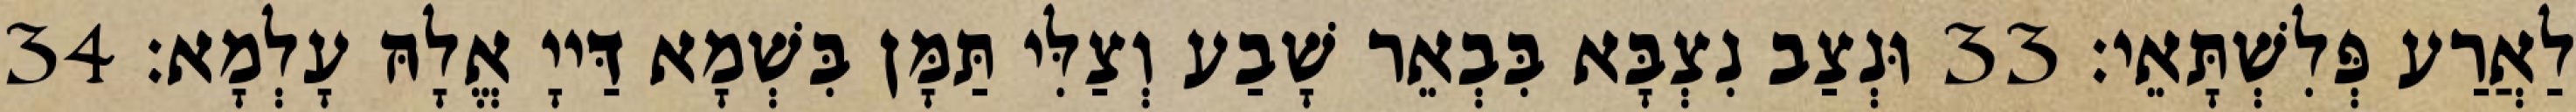
לַאֲרַע פְּלִשְׁתָּאֵי׃ 33 וּנְצַב נִצְבָּא בִּבְאֵר שָׁבַע וְצַלִּי תַּמָּן בִּשְׁמָא דַּייָ אֱלָהּ עָלְמָא׃ 34